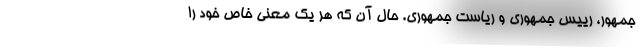
جمهور، رییس جمهوری و ریاست جمهوری. حال آن که هر یک معنی خاص خود را